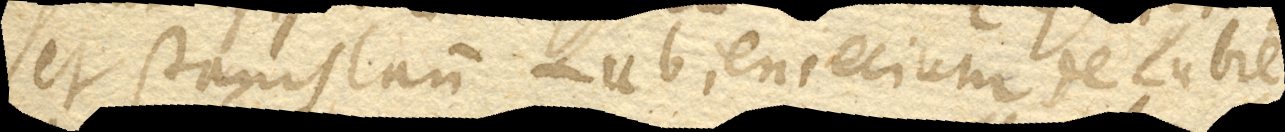
et Stanislaum Lubieniecium de Lubie–